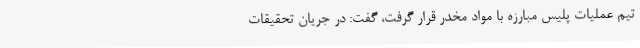
تیم عملیات پلیس مبارزه با مواد مخدر قرار گرفت، گفت: در جریان تحقیقات